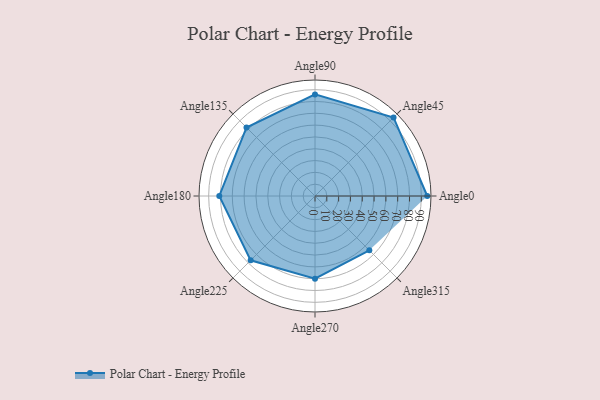
{"axis": {"x": "Angle", "y": "Radius"}, "legend": [""], "data": [{"x": "Angle0", "y": 95.0, "type": ""}, {"x": "Angle45", "y": 94.0, "type": ""}, {"x": "Angle90", "y": 86.0, "type": ""}, {"x": "Angle135", "y": 82.0, "type": ""}, {"x": "Angle180", "y": 81.0, "type": ""}, {"x": "Angle225", "y": 77.0, "type": ""}, {"x": "Angle270", "y": 70.0, "type": ""}, {"x": "Angle315", "y": 65.0, "type": ""}]}